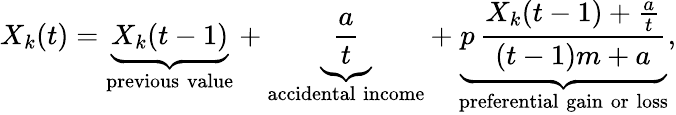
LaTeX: {X}_{k}{(t)}=\underbrace{{X}_{k}{(t-1)}}_{\mathrm{previous\; value}}+\underbrace{\frac{a}{t}}_{\mathrm{accidental\; income}}+\underbrace{p\, \frac{{X}_{k}{(t-1)}+\frac{a}{t}}{(t-1)m+a}}_{\mathrm{preferential\; gain\; or\; loss}},